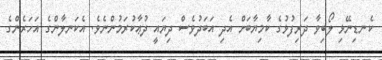
ކެނޑިނޭޅި ލޯބިވާ ދަރިފުޅުގެ ކާމިޔާބަށް އެދި އަބަދުވެސް ދިޔައީ ދުޢާކުރަމުންނެވެ. އެކަނލާންގެ އަހަރެންގެ